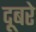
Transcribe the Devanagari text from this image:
दूबरे